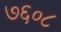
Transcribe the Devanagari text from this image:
७६०८